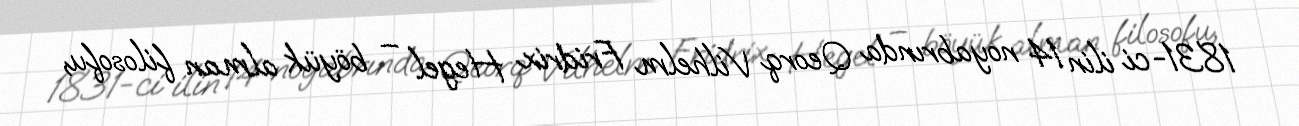
1831-ci ilin 14 noyabrında Qeorq Vilhelm Fridrix Hegel – böyük alman filosofu,